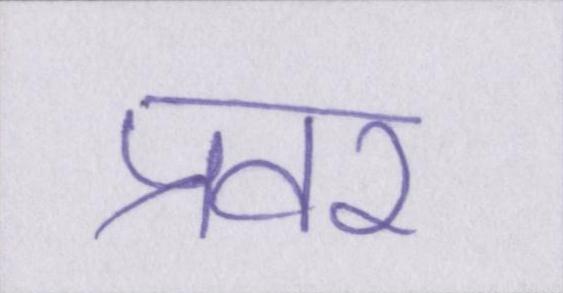
प्रवर